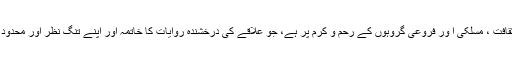
مقامی طور پر علاقے کی ثقافت ، مسلکی ا ور فروعی گروہوں کے رحم و کرم پر ہے، جو علاقے کی درخشندہ روایات کا خاتمہ اور اپنے تنگ نظر اور محدود نظریات کا نفاذ چاہتے ہیں۔